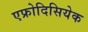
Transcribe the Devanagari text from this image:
एफ्रोदिसियेक